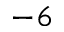
^ { - 6 }